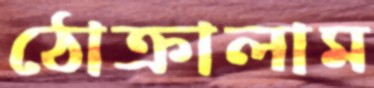
ঠোক্‌রালাম